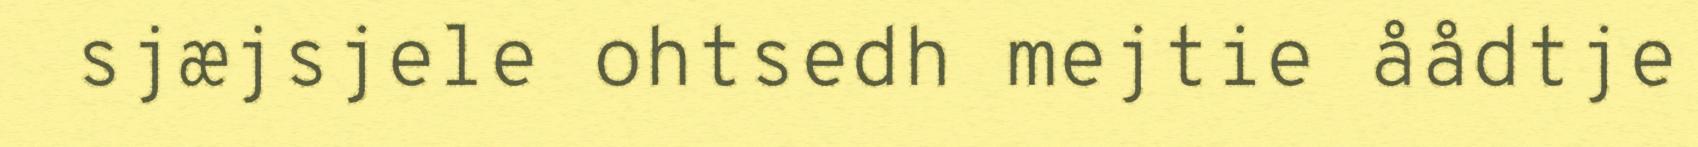
sjæjsjele ohtsedh mejtie åådtje